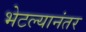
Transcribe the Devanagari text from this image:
भेटल्यानंतर